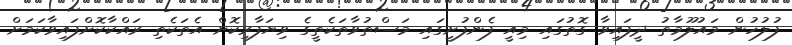
ފުލުހުން މައުލޫމާތު ދީފައިވާ ގޮތުގައި މިއީ ފެންފުށީގައި މަސްތުވާތަކެތީގެ ވިޔަފާރިކޮށް އެތަކެތި ރައްކާކޮށްފައިވާކަމަށް